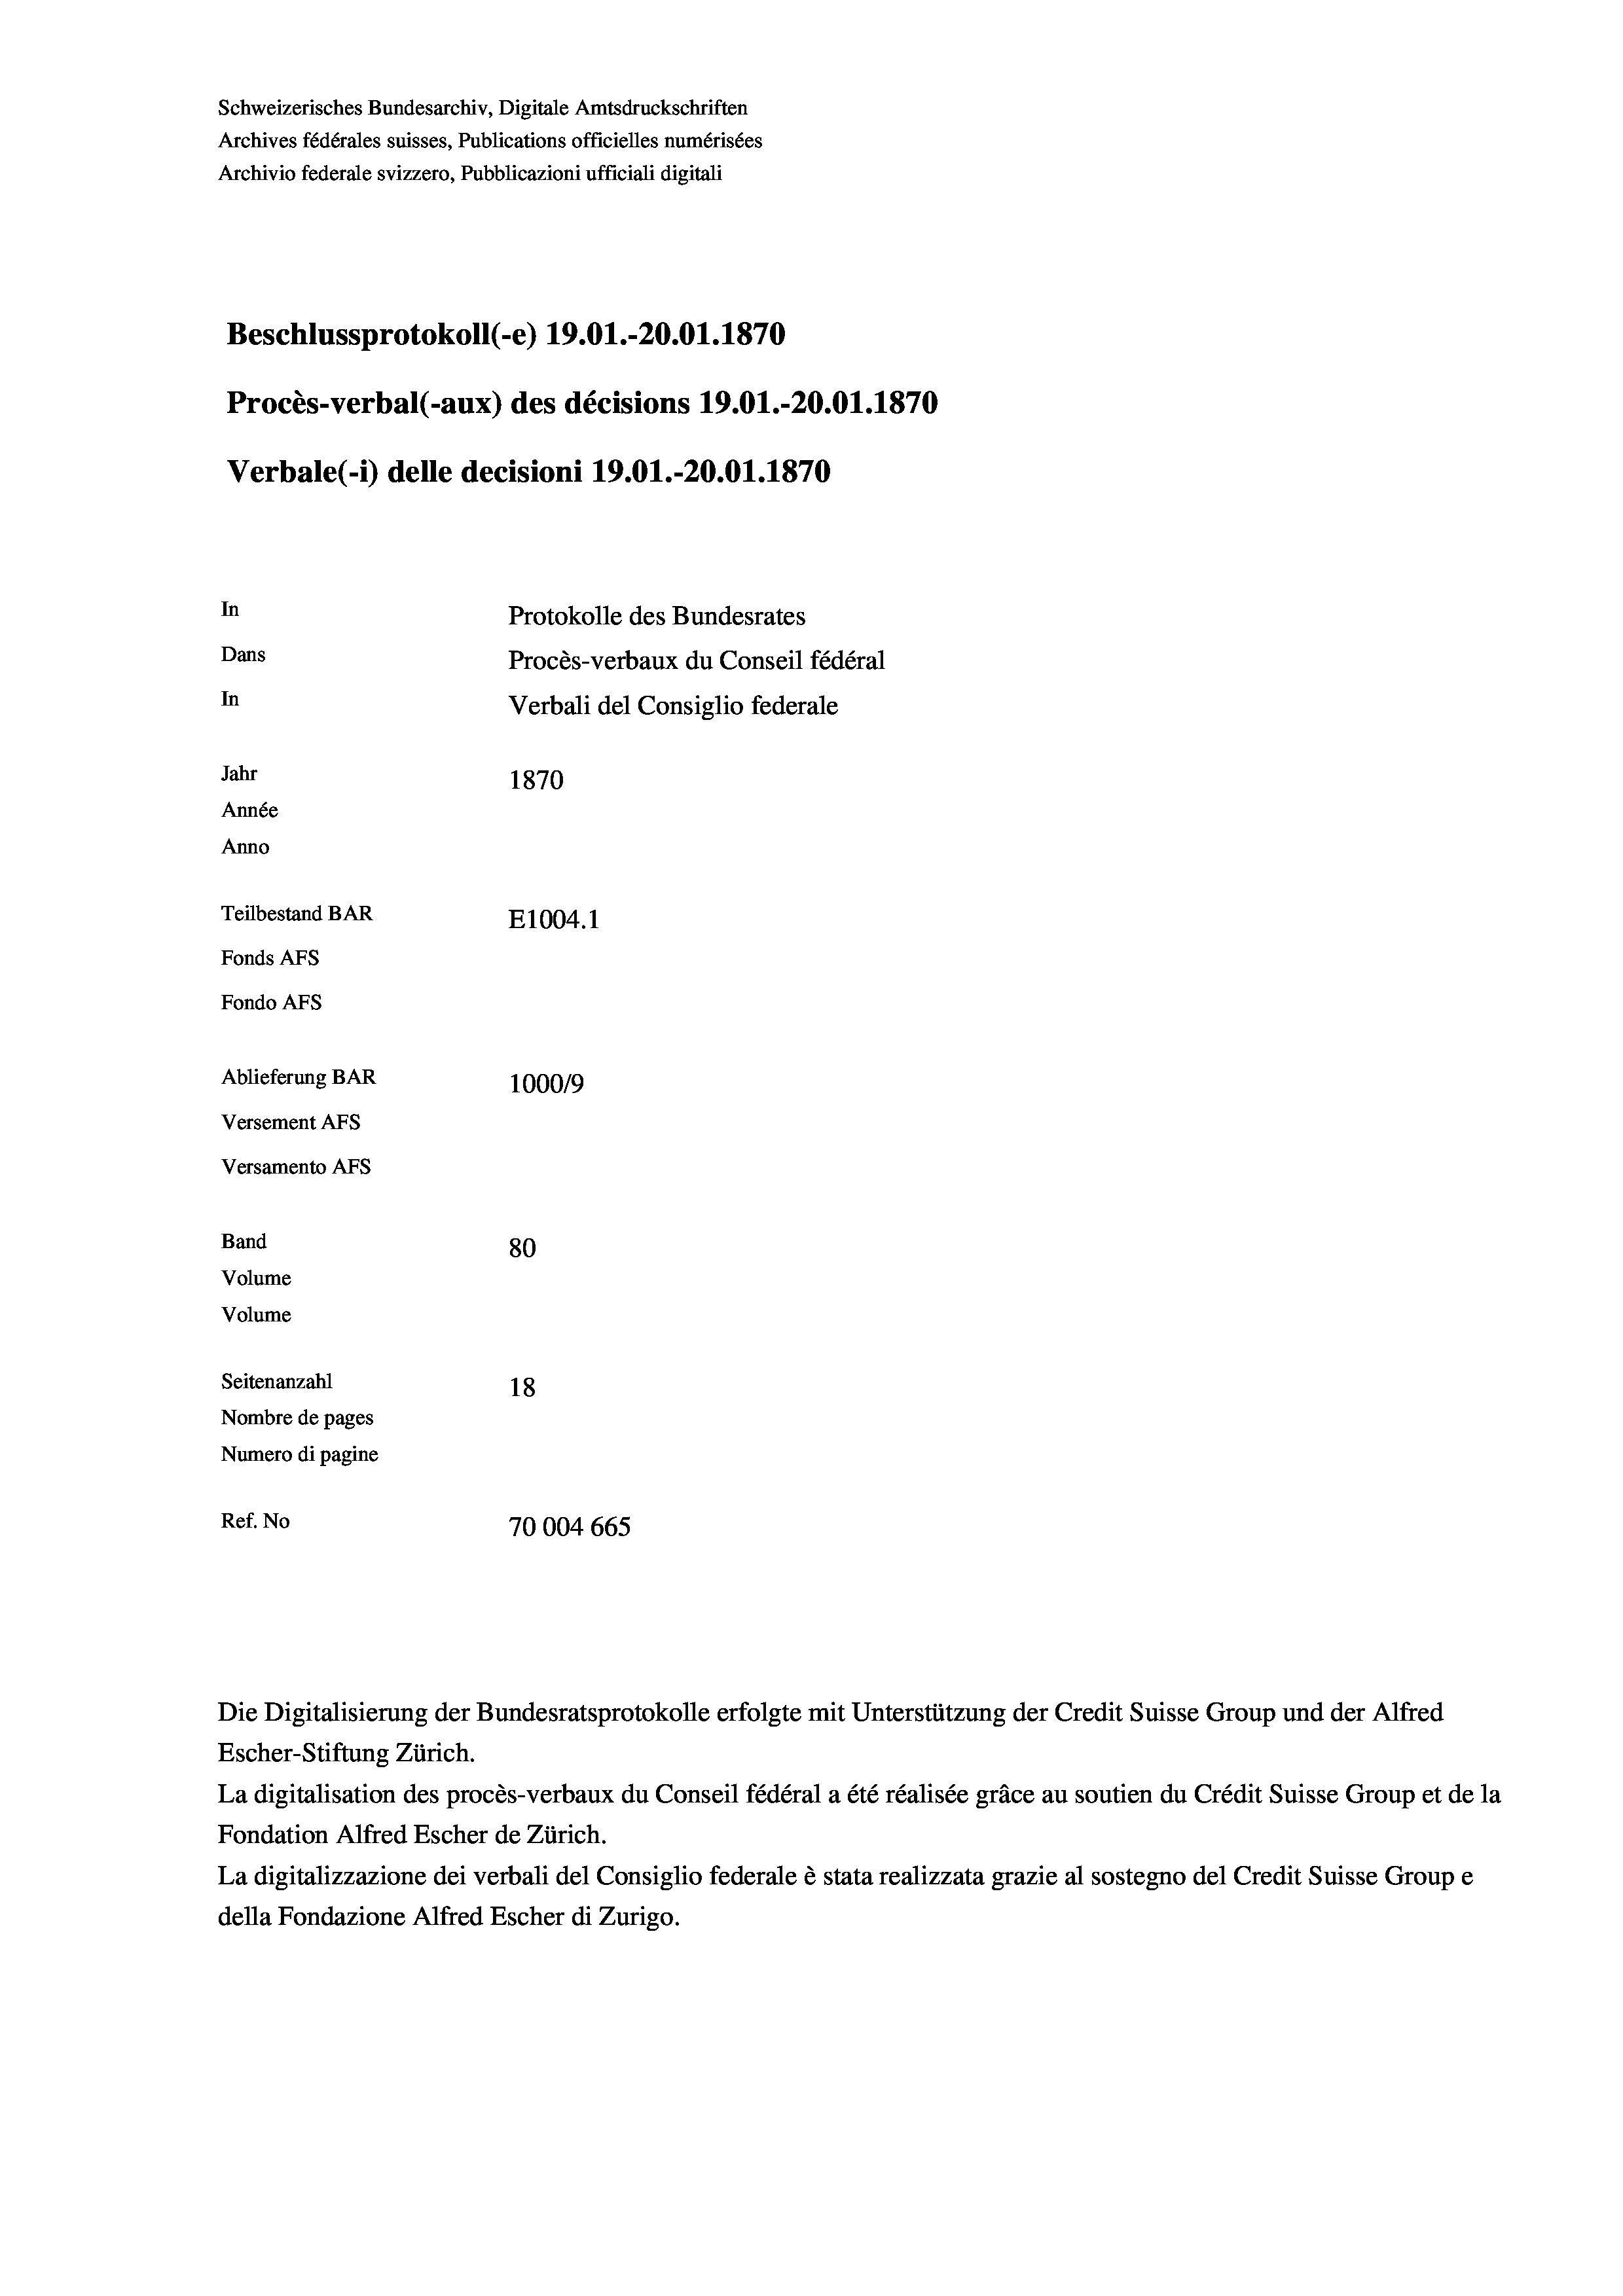
Schweizerisches Bundesarchiv, Digitale Amtsdruckschriften
Archives fédérales suisses, Publications officielles numérisées
Archivio federale svizzero, Pubblicazioni ufficiali digitali
Beschlussprotokoll (-e) 19.01.-20.01. 1870
Procès-verbal (-aux) des décisions 19.01.-20.01. 1870
Verbale (i) delle decisioni 19.01.-20.01. 1870
In
Protokolle des Bundesrates
Dans
Procès-verbaux du Conseil fédéral
In
Verbali del Consiglio federale
Jahr
1870
Année
Anno
Teilbestand BAR
E1004.1
Fonds AFs
Fondo Afs
Ablieferung BAR
100019
Versement AFs
Versamento Afs
Band
80
Volume
Volume

Seitenanzahl
18
Nombre de pages
Numero di pagine
Ref. No
70004 665

La digitalisation des procès-verbaux du Conseil fédéral a été réalisée gräce au soutien du Crédit Suisse Group et de la
Fondation Alfred Escher de Zürich.
La digitalizzazione dei verbali del Consiglio federale è stata realizzata grazie al sostegno del Credit Suisse Groupe
della Fondazione Alfred Escher di Zurigo.

Escher-Stiftung Zürich.

Die Digitalisierung der Bundesratsprotokolle erfolgte mit Unterstützung der Credit Suisse Group und der Alfred